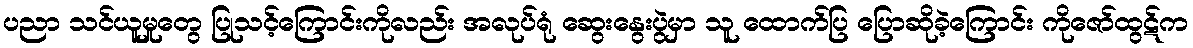
ပညာ သင်ယူမှုတွေ ပြုသင့်ကြောင်းကိုလည်း အလုပ်ရုံ ဆွေးနွေးပွဲမှာ သူ ထောက်ပြ ပြောဆိုခဲ့ကြောင်း ကိုဇော်ထွဋ်က